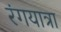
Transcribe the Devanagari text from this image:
रंगयात्रा